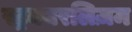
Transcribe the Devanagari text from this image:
स्ट्रक्चरलिज़म